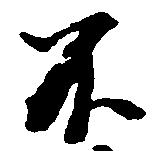
不